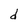
Character: d